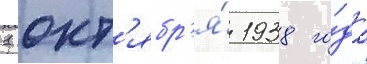
1 окт'ябр'я́ 1938 го́да